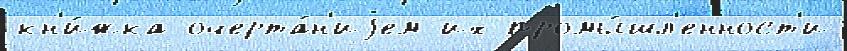
кн'и́жка очерта́н'иjем их промы́шл'енност'и